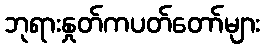
ဘုရားနှုတ်ကပတ်တော်များ